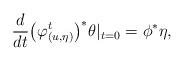
LaTeX: \begin{gather*} \frac{d}{dt}\big(\varphi^t_{(u,\eta)}\big)^*\theta|_{t=0}=\phi^*\eta,\end{gather*}